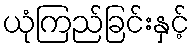
ယုံကြည်ခြင်းနှင့်